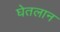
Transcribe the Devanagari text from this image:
घेतलान